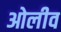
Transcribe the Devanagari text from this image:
ओलीव